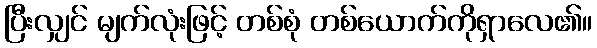
ပြီးလျှင် မျက်လုံးဖြင့် တစ်စုံ တစ်ယောက်ကိုရှာလေ၏။